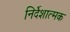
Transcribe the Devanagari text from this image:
निर्देशात्‍मक